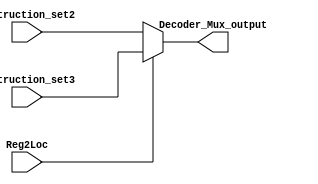
module Multiplexer1(input[4:0] Instruction_set2, Instruction_set3, input Reg2Loc, output reg[4:0] Decoder_Mux_output);

always @(*) begin

    if (Reg2Loc == 0) begin
    Decoder_Mux_output = Instruction_set2;
    end

    else if (Reg2Loc == 1) begin
    Decoder_Mux_output = Instruction_set3;
    end

    else begin
    Decoder_Mux_output = 5'bxxxxx;
    end

end
endmodule